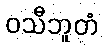
ဝသီဘူတံ